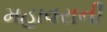
મહાવરાની